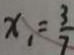
x _ { 1 } = \frac { 3 } { 7 }